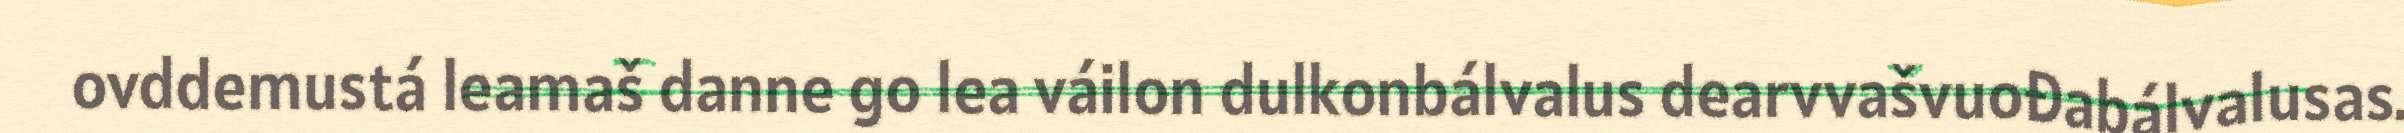
ovddemustá leamaš danne go lea váilon dulkonbálvalus dearvvašvuođabálvalusas.